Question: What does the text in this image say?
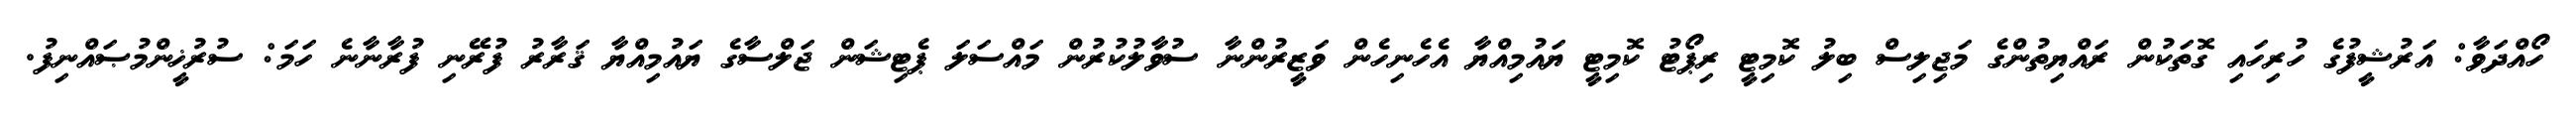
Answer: ހޯއްދަވާ: އަރުޝީފުގެ ހުރިހައި ގޮތަކުން ރައްޔިތުންގެ މަޖިލިސް ބިލު ކޮމިޓީ ރިޕޯޓު ކޮމިޓީ ޔައުމިއްޔާ އެހެނިހެން ވަޒީރުންނާ ސުވާލުކުރުން މައްސަލަ ޕެޓިޝަން ޖަލްސާގެ ޔައުމިއްޔާ ޤަރާރު ފުރޭނި ފުރާނާނެ ހަމަ: ސުރުޚީންމުޞައްނިފު.